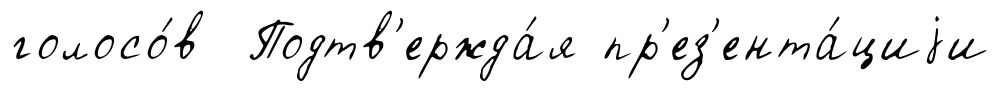
голосо́в Подтв'ержда́я пр'ез'ента́циjи